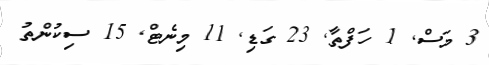
3 މަސް